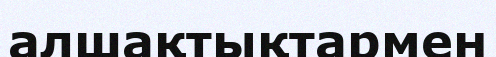
алшақтықтармен